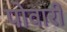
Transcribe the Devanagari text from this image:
पोवारी